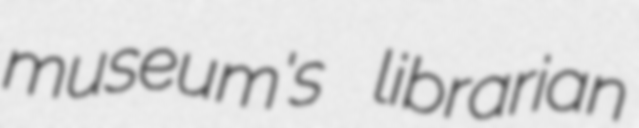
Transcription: museum's librarian